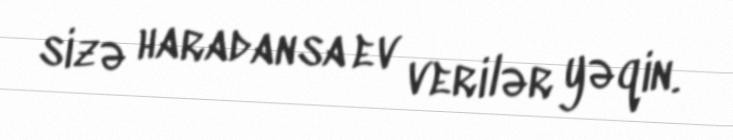
sizə haradansa ev verilər yəqin.